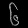
Digit: ၆